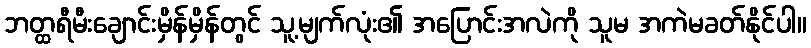
ဘတ္ထရီမီးချောင်းမှိန်မှိန်တွင် သူ့မျက်လုံး၏ အပြောင်းအလဲကို သူမ အကဲမခတ်နိုင်ပါ။